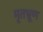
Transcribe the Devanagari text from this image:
मृतभ्रूण